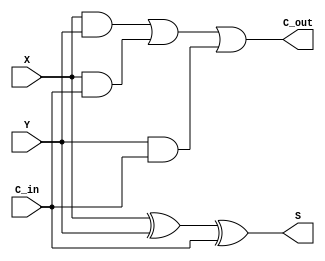
`timescale 1ns / 1ps
//////////////////////////////////////////////////////////////////////////////////
// Company: 
// Engineer: 
// 
// Design Name: 
// Module Name: full_adder
// Project Name: 
// Target Devices: 
// Tool Versions: 
// Description: 
// 
// Dependencies: 
// 
// Revision:
// Revision 0.01 - File Created
// Additional Comments:
// 
//////////////////////////////////////////////////////////////////////////////////


module full_adder(X,Y,C_in,S,C_out);
    input X,Y,C_in;
    wire S1;
    wire [2:0] C; // temporary variables
    output S,C_out;
    xor Gate1(S1,X,Y); // XOR gate
    and Gate2(C[0],X,Y); // AND gate
    and Gate3(C[1],X,C_in); // Ibid.
    and Gate4(C[2],Y,C_in); // Ibid.
    xor Gate5(S,S1,C_in); // cf. Gate1
    or Gate6(C_out,C[0],C[1],C[2]); // OR gate
endmodule